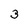
Character: 3